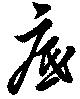
底